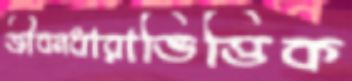
জীবনধারাভিত্তিক